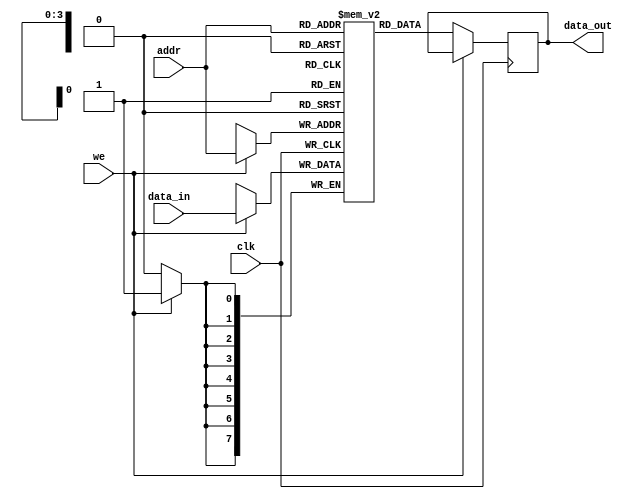
module parameterized_ram #(
    parameter DATA_WIDTH = 8,   // Number of bits per memory word
    parameter ADDR_WIDTH = 4     // Number of address lines
) (
    input wire clk,              // Clock signal
    input wire we,               // Write enable signal
    input wire [ADDR_WIDTH-1:0] addr,   // Address input
    input wire [DATA_WIDTH-1:0] data_in, // Data input
    output reg [DATA_WIDTH-1:0] data_out  // Data output
);

    // Calculate the depth of the RAM
    localparam DEPTH = 1 << ADDR_WIDTH; // 2^ADDR_WIDTH

    // Memory array
    reg [DATA_WIDTH-1:0] memory [0:DEPTH-1];

    // Synchronous read/write operation
    always @(posedge clk) begin
        if (we) begin
            // Write operation
            memory[addr] <= data_in;
        end else begin
            // Read operation
            data_out <= memory[addr];
        end
    end

    // Optional: Asynchronous reset functionality
    // Uncomment the following lines if reset functionality is desired
    /*
    input wire rst_n, // Active low reset
    always @(posedge clk or negedge rst_n) begin
        if (!rst_n) begin
            integer i;
            for (i = 0; i < DEPTH; i = i + 1) begin
                memory[i] <= {DATA_WIDTH{1'b0}}; // Initialize memory to zero
            end
        end else begin
            if (we) begin
                memory[addr] <= data_in;
            end else begin
                data_out <= memory[addr];
            end
        end
    end
    */

endmodule